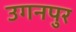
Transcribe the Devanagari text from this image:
उगनपुर